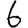
Digit: 6